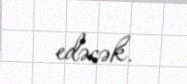
edəcək.